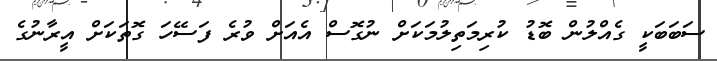
ސަބަބަކީ ގެއްލުން ބޮޑު ކުރިމަތިލުމަކަށް ނުގޮސް އެއަށް ވުރެ ފަސޭހަ ގޮތަކަށް އީރާނުގެ